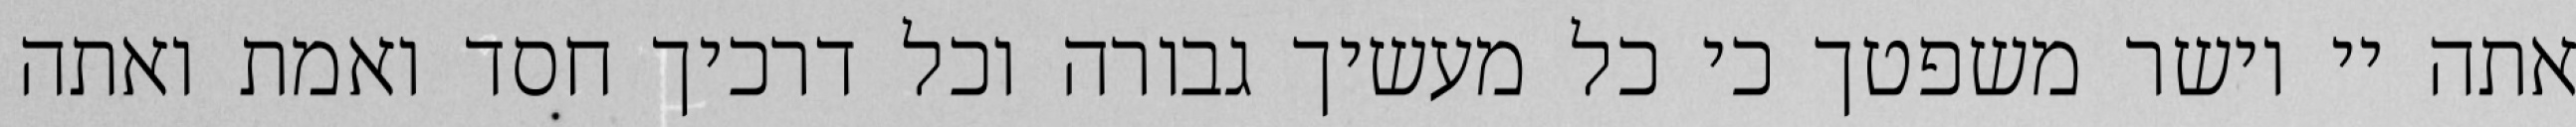
אתה יי וישר משפטך כי כל מעשיך גבורה וכל דרכיך חסד ואמת ואתה